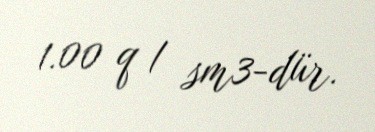
1.00 q / sm3-dür.